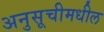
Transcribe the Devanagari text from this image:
अनुसूचीमधील